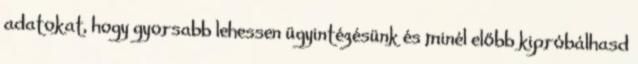
adatokat, hogy gyorsabb lehessen ügyintézésünk és minél előbb kipróbálhasd